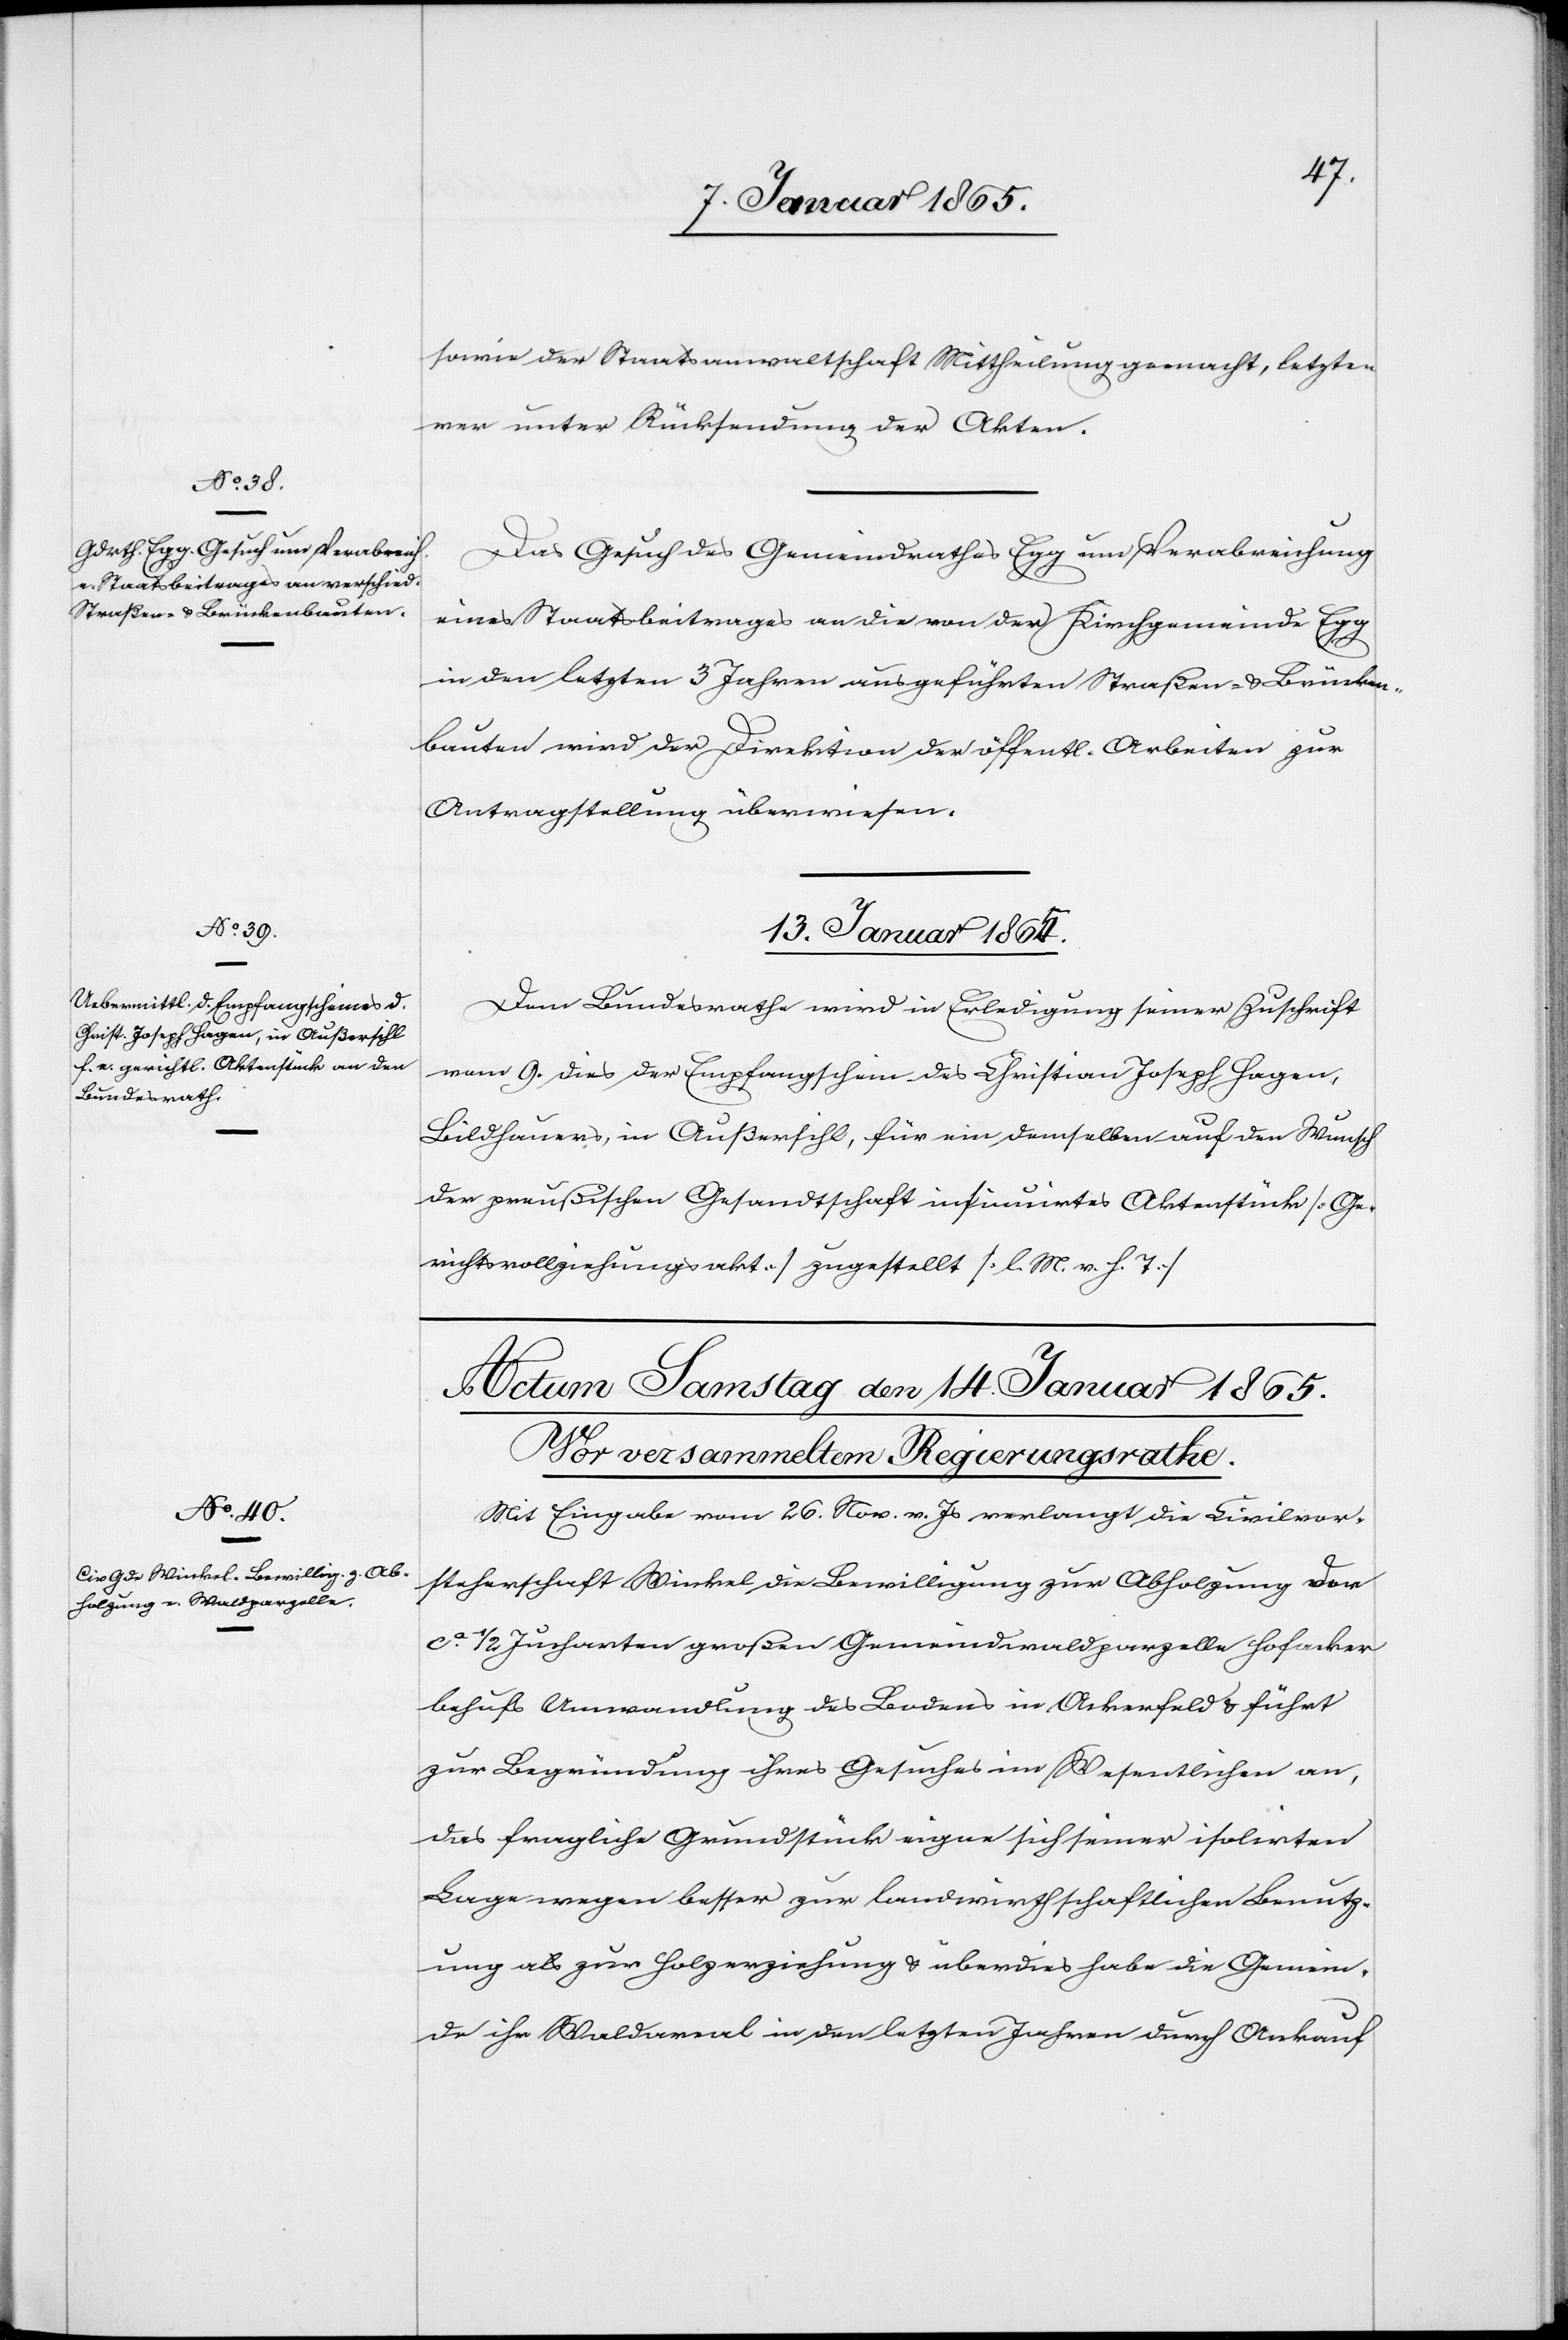
sowie der Staatsanwaltschaft Mittheilung gemacht, letzte¬
rer unter Rücksendung der Akten.
Das Gesuch des Gemeindrathes Egg um Verabreichung
eines Staatsbeitrages an die von der Kirchgemeinde Egg
in den letzten 3 Jahren ausgeführten Straßen- u. Brücken¬
bauten wird der Direktion der öffentl. Arbeiten zur
Antragstellung überwiesen.
13. Januar 1865.
Dem Bundesrathe wird in Erledigung seiner Zuschrift
vom 9. dies der Empfangschein des Christian Joseph Hagen,
Bildhauers, in Außersihl, für ein demselben auf den Wunsch
der preußischen Gesandtschaft insinuirtes Aktenstück [Ge¬
richtsvollziehungsakt] zugestellt [l. M. v. h. T.]
Mit Eingabe vom 26. Nov. v. Js verlangt die Civilvor¬
steherschaft Winkel die Bewilligung zur Abholzung der
ca ½ Jucharten großen Gemeindwaldparzelle Hofacker
behufs Umwandlung des Bodens in Ackerfeld u. führt
zur Begründung ihres Gesuches im Wesentlichen an,
das fragliche Grundstück eigne sich seiner isolirten
Lage wegen besser zur landwirthschaftlichen Benutz¬
ung als zur Holzerziehung u. überdies habe die Gemein¬
de ihr Waldareal in den letzten Jahren durch Ankauf